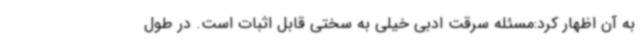
به آن اظهار کرد:مسئله سرقت ادبی خیلی به سختی قابل اثبات است. در طول